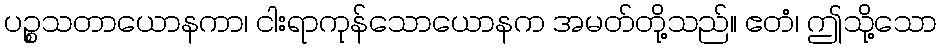
ပဉ္စသတာယောနကာ၊ ငါးရာကုန်သောယောနက အမတ်တို့သည်။ ဧတံ၊ ဤသို့သော